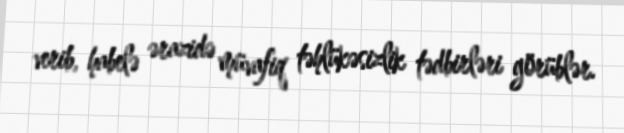
verib, habelə ərazidə müvafiq təhlükəsizlik tədbirləri görüblər.